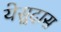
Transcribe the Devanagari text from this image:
येसूदास